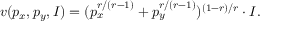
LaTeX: v ( p _ { x } , p _ { y } , I ) = ( p _ { x } ^ { r / ( r - 1 ) } + p _ { y } ^ { r / ( r - 1 ) } ) ^ { ( 1 - r ) / r } \cdot I .